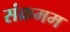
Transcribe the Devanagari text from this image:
संक्रमम